Annual report of the Bengal Veterinary College, and of the Civil Veterinary Department, Bengal, for the year 1901-1902 - 1901-1902
Year: 1901
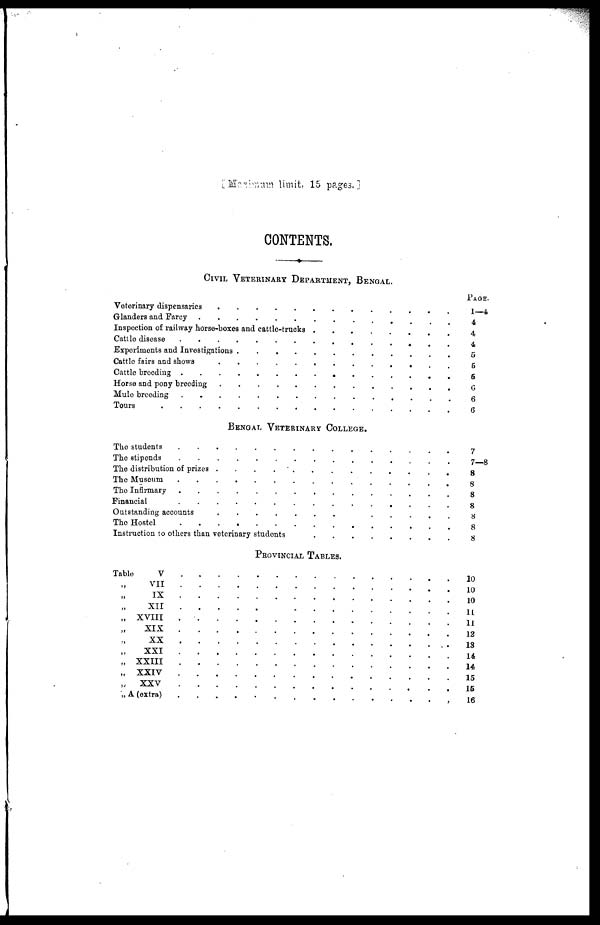
[Maximun limit, 15 pages.]
CONTENTS.
CIVIL VETERINARY DEPARTMENT, BENGAL.
Veterinary dispensaries . . . . . . . . . . . . . . .
Glanders and Farcy . . . . . . . . . . . . . . .
Inspection of railway horse-boxes and cattle-trucks . . . . . . . . . . . . . . .
Cattle disease
.
.
.
.
.
.
.
.
.
.
.
.
.
.
.
Experiments and Investigations . . . . . . . . . . . . . . .
Cattle fairs and shows . . . . . . . . . . . . . . .
Cattle breeding . . . . . . . . . . . . . . .
Horse and pony breeding . . . . . . . . . . . . . . .
Mule breeding
.
.
.
.
.
.
.
.
.
.
.
.
.
.
.
Tours . . . . . . . . . . . . . . .
Bengal Veterinary College.
The students . . . . . . . . . . . . . . .
The stipends . . . . . . . . . . . . . . .
The distribution of prizes . . . . . . . . . . . . . . .
The Museum . . . . . . . . . . . . . . .
The Infirmary . . . . . . . . . . . . . . .
Financial . . . . . . . . . . . . . . .
Outstanding accounts
.
.
.
.
.
.
.
.
.
.
.
.
.
.
.
The Hostel . . . . . . . . . . . . . . .
Instruction to others than veterinary students . . . . . . . . . . . . . . .
PROVINCIAL TABLES.
Table
V
.
.
.
.
.
.
.
.
.
.
.
.
.
.
.
„ VII . . . . . . . . . . . . . . .
„ IX . . . . . . . . . . . . . . .
„ XII
.
.
.
.
.
.
.
.
.
.
.
.
.
.
.
„ XVIII . . . . . . . . . . . . . . .
„ XIX . . . . . . . . . . . . . . .
„ XX
.
.
.
.
.
.
.
.
.
.
.
.
.
.
.
„ XXI
.
.
.
.
.
.
.
.
.
.
.
.
.
.
.
„ XXIII
.
.
.
.
.
.
.
.
.
.
.
.
.
.
.
„ XXIV . . . . . . . . . . . . . . .
„ xxv
.
.
.
.
.
.
.
.
.
.
.
.
.
.
.
„ A (extra) . . . . . . . . . . . . . . .
Page.
1—4
4
4
4
5
5
5
6
6
6
7
7—8
8
8
8
8
8
8
8
10
10
10
11
11
12
13
14
14
15
15
16